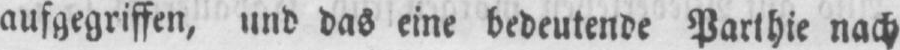
aufgegriffen, und das eine bedeutende Parthie nach